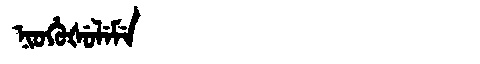
Manchu: ᠨᡳᠣᡥᡠᡧᡠᠯᡝᠮᡝ
Romanization: NIOHUŠULEME